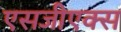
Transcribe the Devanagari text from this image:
एसजीएक्स